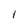
Character: 1